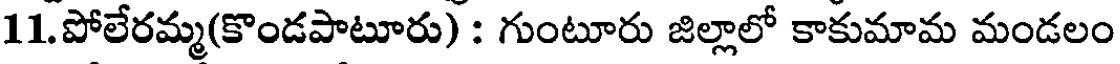
11.పోలేరమ్మ(కొండపాటూరు) : గుంటూరు జిల్లాలో కాకుమామ మండలం